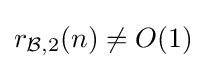
r_{{\mathcal {B}},2}(n)\neq O(1)